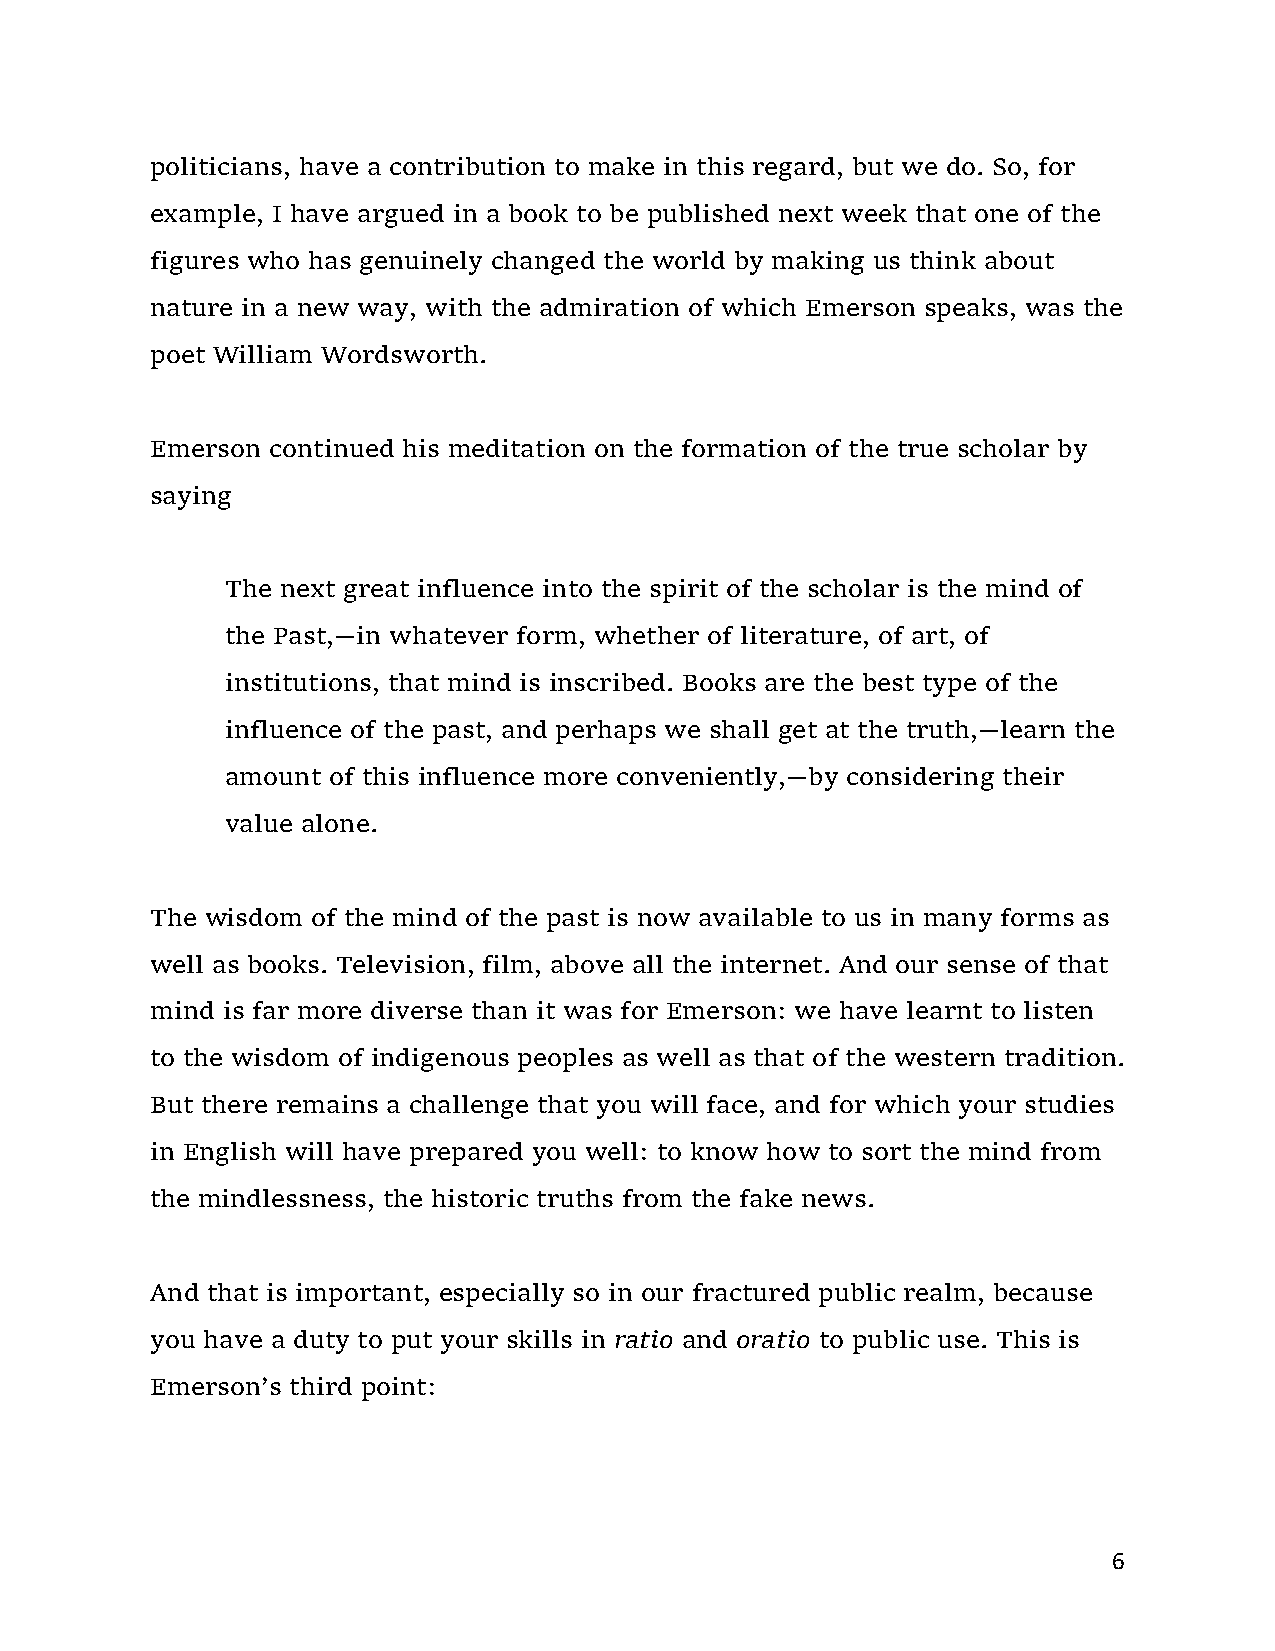
politicians, have a contribution to make in this regard, but we do. So, for
 example, I have argued in a book to be published next week that one of the
 figures who has genuinely changed the world by making us think about
 nature in a new way, with the admiration of which Emerson speaks, was the
 poet William Wordsworth.
 Emerson continued his meditation on the formation of the true scholar by
 saying
 The next great influence into the spirit of the scholar is the mind of
 the Past,—in whatever form, whether of literature, of art, of
 institutions, that mind is inscribed. Books are the best type of the
 influence of the past, and perhaps we shall get at the truth,—learn the
 amount of this influence more conveniently,—by considering their
 value alone.
 The wisdom of the mind of the past is now available to us in many forms as
 well as books. Television, film, above all the internet. And our sense of that
 mind is far more diverse than it was for Emerson: we have learnt to listen
 to the wisdom of indigenous peoples as well as that of the western tradition.
 But there remains a challenge that you will face, and for which your studies
 in English will have prepared you well: to know how to sort the mind from
 the mindlessness, the historic truths from the fake news.
 And that is important, especially so in our fractured public realm, because
 you have a duty to put your skills in ratio and oratio to public use. This is
 Emerson’s third point:
 6